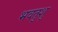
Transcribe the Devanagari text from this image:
भवतुशु